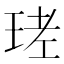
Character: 𤥧